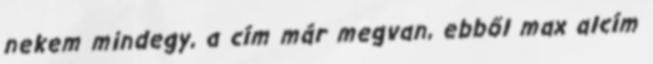
nekem mindegy, a cím már megvan, ebből max alcím